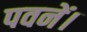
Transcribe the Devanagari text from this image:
पवनें।